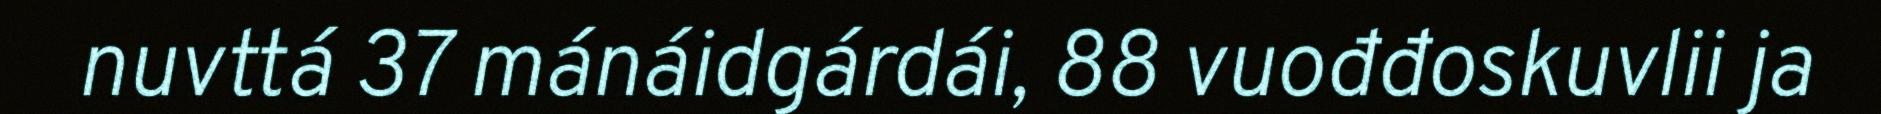
nuvttá 37 mánáidgárdái, 88 vuođđoskuvlii ja